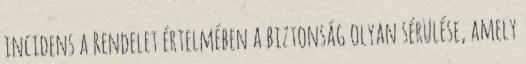
incidens a Rendelet értelmében a biztonság olyan sérülése, amely